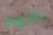
بشروط